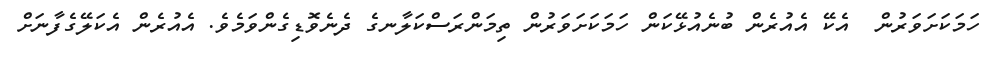
ހަމަކަށަވަރުން  އެކޭ އެއުރެން ބުނެއުޅޭކަން ހަމަކަށަވަރުން ތިމަންރަސްކަލާނގެ ދެނެވޮޑިގެންވަމެވެ. އެއުރެން އެކަލޭގެފާނަށް